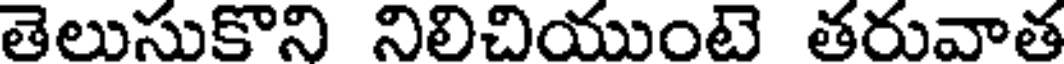
తెలుసుకొని నిలిచియుంటె తరువాత